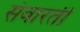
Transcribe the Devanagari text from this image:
संवारती